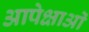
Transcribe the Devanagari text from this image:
आपेक्षाओं